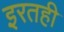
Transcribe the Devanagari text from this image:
इरतही